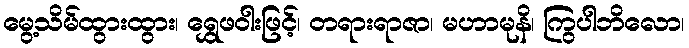
မွေ့သိမ်ထွားထွား၊ ရွှေဖဝါးဖြင့်၊ တရားရာဇာ၊ မဟာမုနိ၊ ကြွပါဘိလော၊